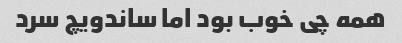
همه چی خوب بود اما ساندویچ سرد